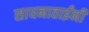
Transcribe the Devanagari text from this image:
साधनाताईंनी